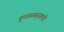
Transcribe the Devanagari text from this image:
दुग्धव्यवसायमंत्री